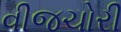
વીજચોરી